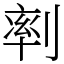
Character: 𠞩